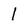
Character: I